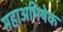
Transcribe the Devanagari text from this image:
महाअभिषेक